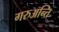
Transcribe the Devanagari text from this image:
गरुअन्ति